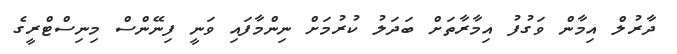
ދާރުލް އިމާން ވަގުފު އިމާރާތަށް ބަދަލު ކުރުމަށް ނިންމާފައި ވަނީ ފިނޭންސް މިނިސްޓްރީގެ